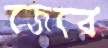
জেরে